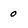
Character: 0